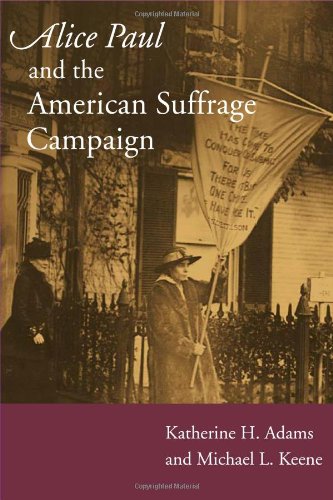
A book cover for Alice Paul and the American Suffrage Campaign; Katherine H Adams; Gay & Lesbian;